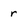
Character: r